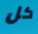
كل